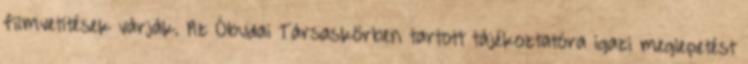
filmvetítések várják. Az Óbudai Társaskörben tartott tájékoztatóra igazi meglepetést